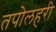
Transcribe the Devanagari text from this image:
तपोलहरी